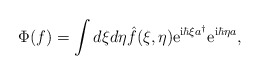
\begin{align*}\Phi (f) = \int d\xi d\eta \hat{f}(\xi , \eta) {\rm e}^{{\rm i} \hbar \xi a^{\dagger}} {\rm e}^{{\rm i} \hbar \eta a}, \end{align*}